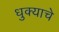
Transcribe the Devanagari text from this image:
धुक्याचे